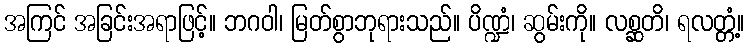
အကြင် အခြင်းအရာဖြင့်။ ဘဂဝါ၊ မြတ်စွာဘုရားသည်။ ပိဏ္ဍံ၊ ဆွမ်းကို။ လစ္ဆတိ၊ ရလတ္တံ့။